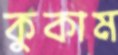
কুকাম